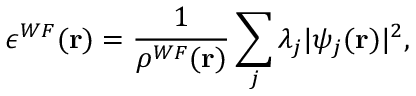
\epsilon ^ { W F } ( \mathbf { r } ) = \frac { 1 } { \rho ^ { W F } ( \mathbf { r } ) } \sum _ { j } \lambda _ { j } | \psi _ { j } ( \mathbf { r } ) | ^ { 2 } ,